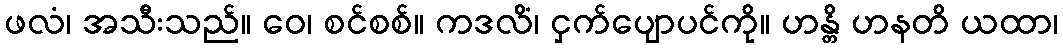
ဖလံ၊ အသီးသည်။ ဝေ၊ စင်စစ်။ ကဒလိံ၊ ငှက်ပျောပင်ကို။ ဟန္တိ ဟနတိ ယထာ၊